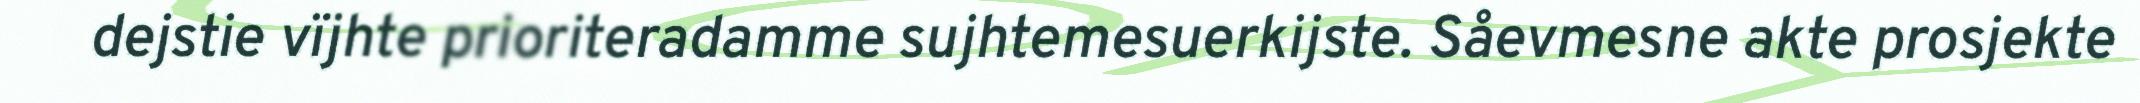
dejstie vïjhte prioriteradamme sujhtemesuerkijste. Såevmesne akte prosjekte